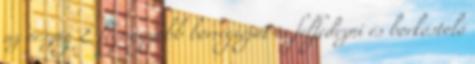
az ország 2. legnagyobb borrégióját is felfedezni és borkóstoló